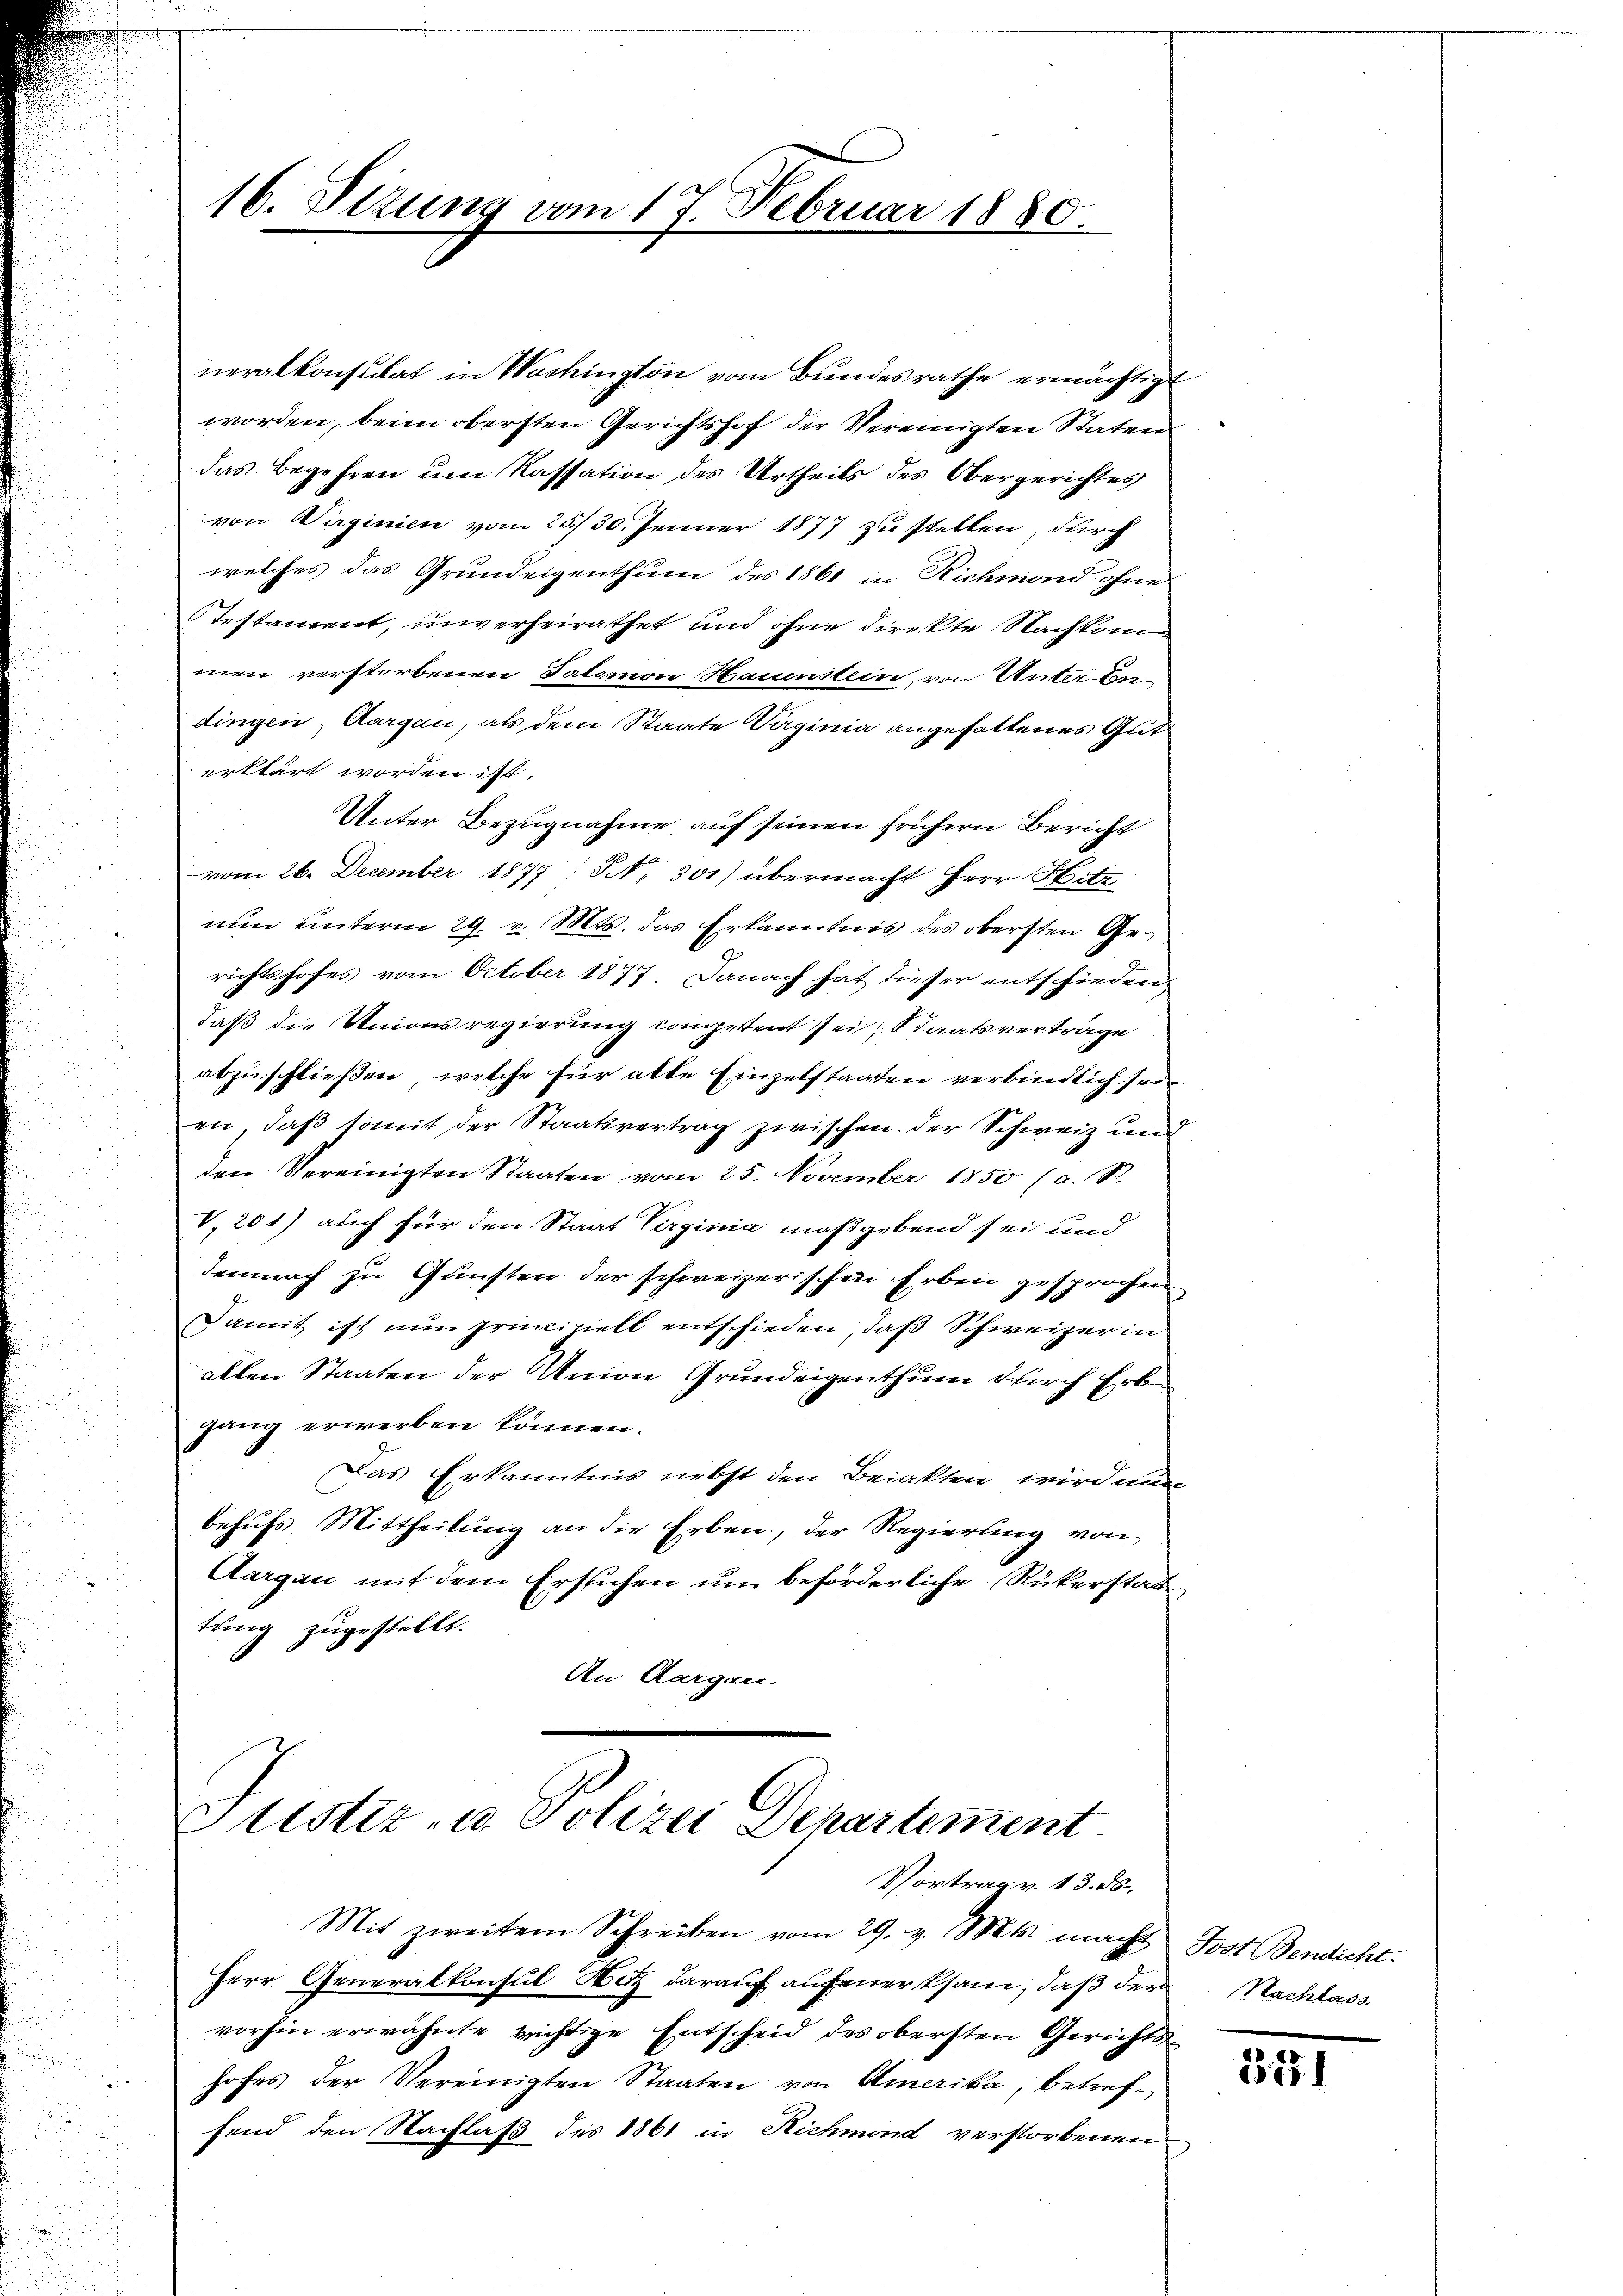
16. Sizung vom 17. Februar 1880.

neralkonsulat in Washington vom Bundesrathe ermächtigt
worden, beim obersten Gerichtshof der Vereinigten Staten
das Begehren um Kassation des Urtheils des Obergerichtes
von Virginien vom 23./30. Jenner 1877 zu stellen, durch
welches das Grundeigenthum des 1861 in Richmond ohne
Testament, unverheirathet und ohne direkte Nachkom
men verstorbenen Salomon Hauenstein, von Unter Condingen, Aargau, als dem Staate Vaginia angehaltenes Gut
erklärt worden ist.
Unter Bezugnahme auf seinen frühern Bericht
vom 26. December 1877, No 301) übermacht Herr Hitz
nun unterm 29. v. Mts. das Erkanntnis des obersten Ge¬
.
richtshofes vom October 1877. Danach hat dieser entschieden
daß die Unionsregierung competent sei, Staatsvertrage
abzuschließen, welche für alte Einzelstagten verbindlich sein
en, daß somit der Staatsvertrag zwischen der Schweiz und
5
den Vereinigten Staaten vom 25. November 1850 (a. St.
u
V.201) auch für den Staat Virginia maßgebend sei und
demnach zu Gunsten der schweizerischen Erben gesprochen
Damit ist nun principiell entschieden, daß Schweizer in
allen Staaten der Union Grundeigenthum durch Erbgang erwerben können.
Das Erkanntnis nebst den Beiakten wird nun
behufs. Mittheilung an die Erben, der Regierung von
Aargau mit dem Erstichen um beförderliche Rükerstattung zugestellt.
An Aargau.

Justiz- u. Polizei Departement
Vortrag v. 13. ds.
Mit zweitem Schreiben vom 29. v. Mts. macht Jost Bendicht¬

Herr Generalkonsul Hitz darauf anfeuerksam, daß der Nachlass
vorhin erwähnte richtige Entscheid des obersten Gerichtshofes der Vereinigten Staaten von Amerika, betreffend den Nachlaß des 1861 in Richmond verstorbenen

2751